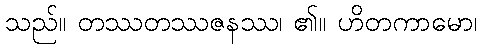
သည်။ တဿတဿဇနဿ၊ ၏။ ဟိတကာမော၊